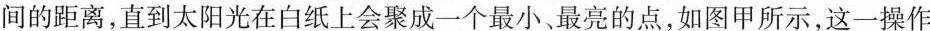
间的距离，直到太阳光在白纸上会聚成一个最小、最亮的点，如图甲所示，这一操作